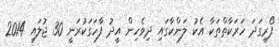
ފޯރިގަދަ ހަރަކާތްތަކާ އެކު ލަންކާގައި ދިވެހިން އީދު ފާހަގަކުރަނީ 30 ޖުލައި 2014